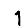
Digit: 1